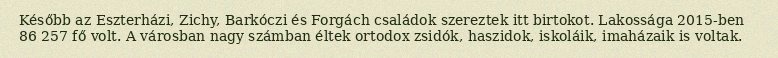
Később az Eszterházi, Zichy, Barkóczi és Forgách családok szereztek itt birtokot. Lakossága 2015-ben 86  257 fő volt. A városban nagy számban éltek ortodox zsidók, haszidok, iskoláik, imaházaik is voltak.